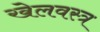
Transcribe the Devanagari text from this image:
खेलवस्त्र